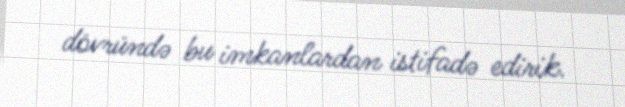
dövründə bu imkanlardan istifadə edirik.